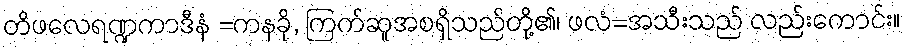
တိဖလေရဏ္ဍကာဒီနံ =ကနခို, ကြက်ဆူအစရှိသည်တို့၏၊ ဖလံ=အသီးသည် လည်းကောင်း။